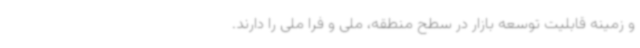
و زمینه قابلیت توسعه بازار در سطح منطقه، ملی و فرا ملی را دارند.